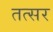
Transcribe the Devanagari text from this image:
तत्सर